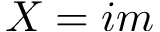
X = i m